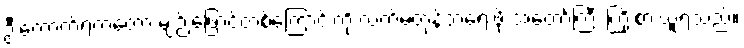
ဦးကောက်ရကတော့ မျဉ်းဖြောင့်တစ်ကြောင်းကို လက်မတုန်ဘဲရေးဖို့ အတော်ကြီး ကြိုးစားယူရသည်။